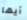
أيها